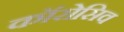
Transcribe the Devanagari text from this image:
कॉरोसिव